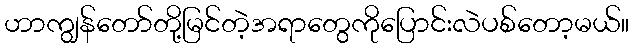
ဟာကျွန်တော်တို့မြင်တဲ့အရာတွေကိုပြောင်းလဲပစ်တော့မယ်။